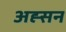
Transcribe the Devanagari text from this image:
अह्सन